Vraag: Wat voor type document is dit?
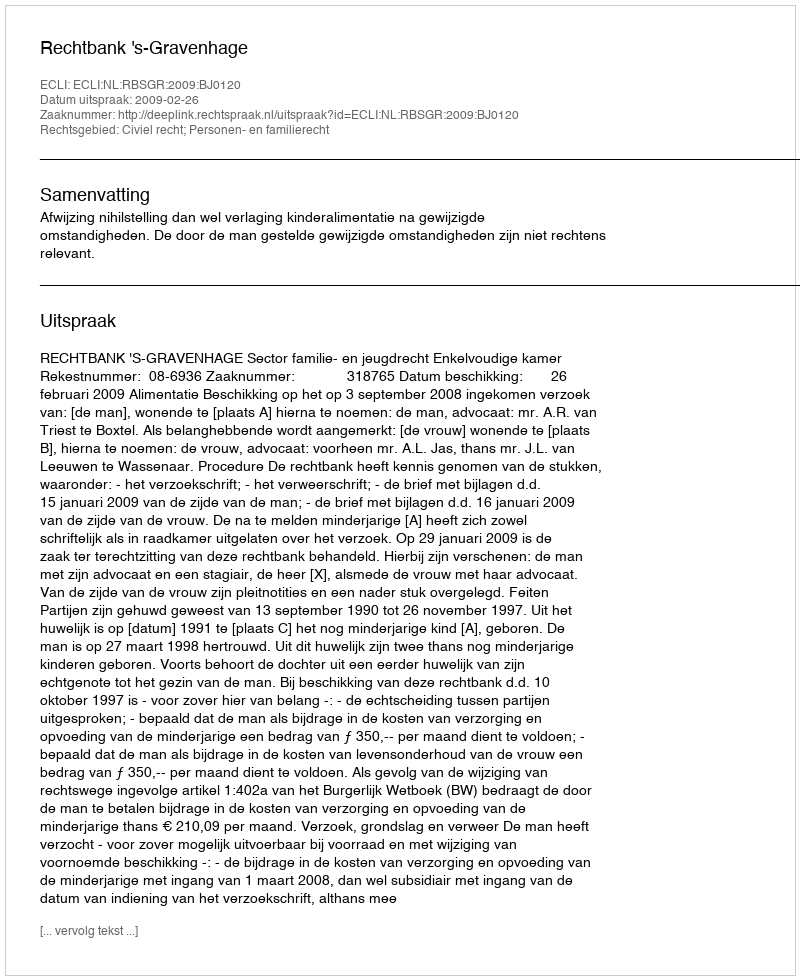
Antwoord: Uitspraak